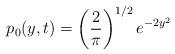
LaTeX: \begin{align*}p_{0}(y,t)=\left(\frac{2}{\pi}\right)^{1/2}e^{-2y^{2}}\end{align*}